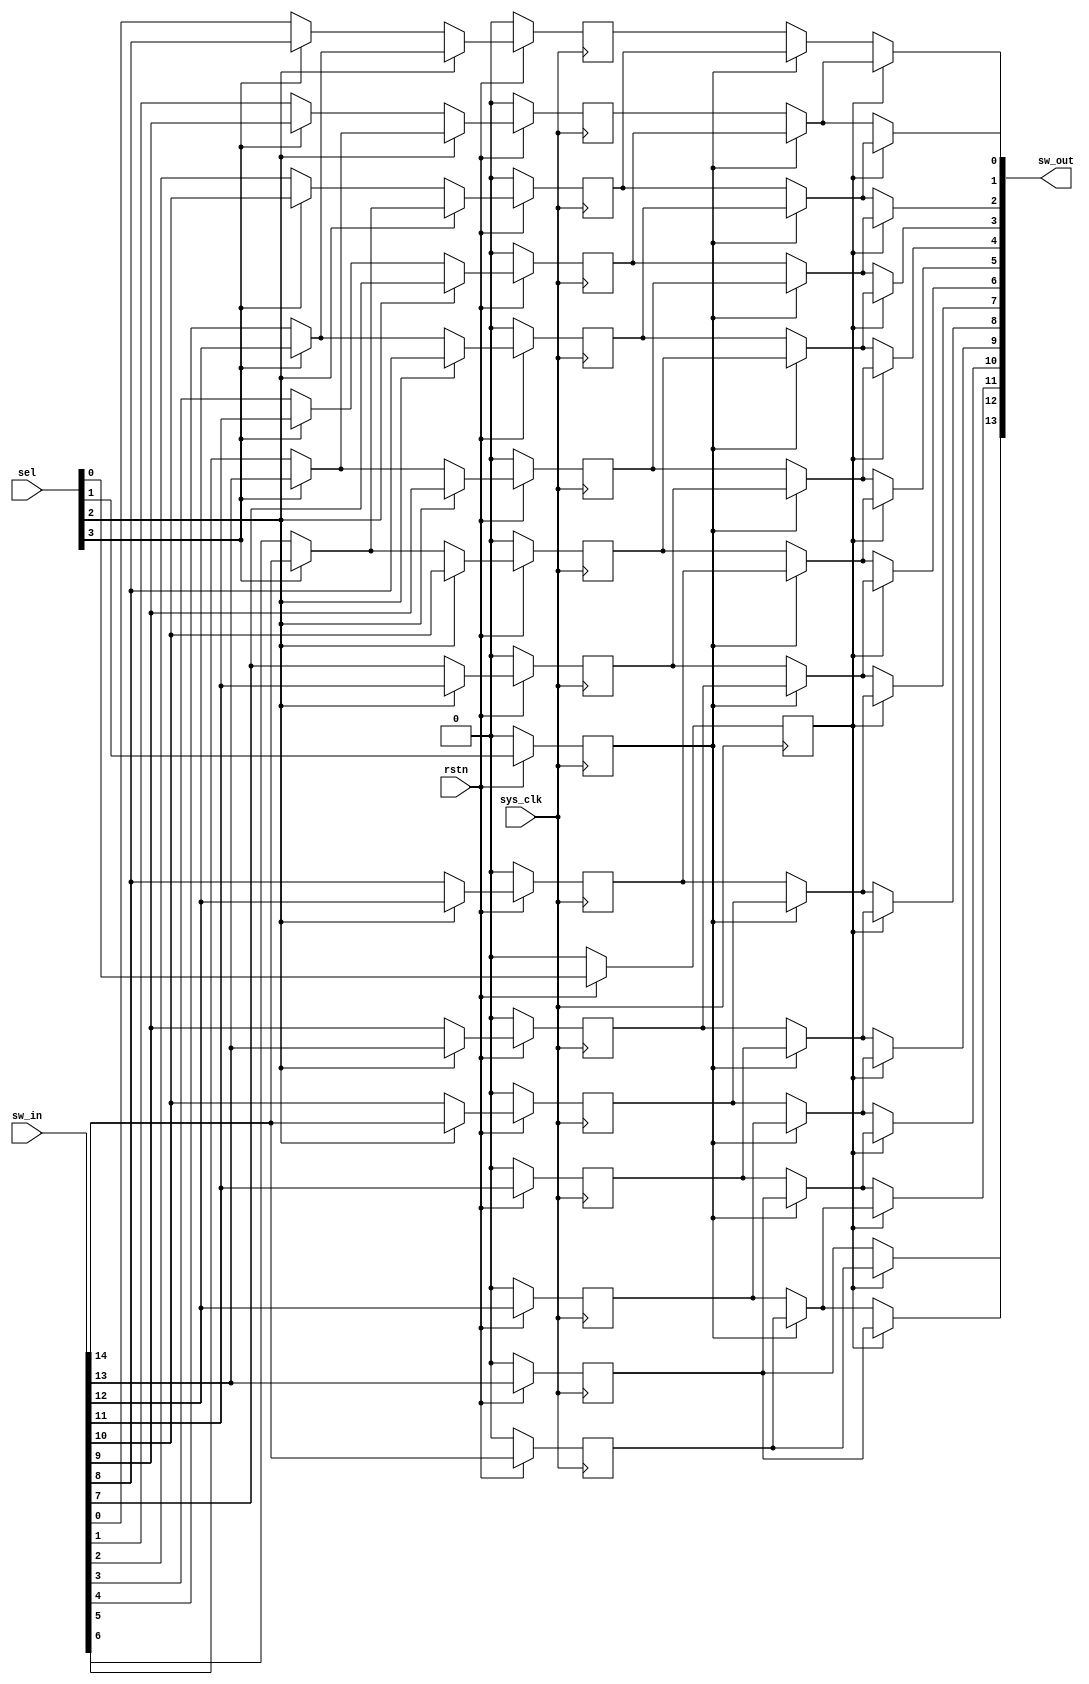
module qsn_left_len15 (
	output wire [13:0] sw_out,

	input wire [14:0] sw_in,
	input wire [3:0] sel,
	input wire sys_clk,
	input wire rstn
);

	// Multiplexer Stage 3
	wire [6:0] mux_stage_3;
	assign mux_stage_3[0] = (sel[3] == 1'b1) ? sw_in[8] : sw_in[0];
	assign mux_stage_3[1] = (sel[3] == 1'b1) ? sw_in[9] : sw_in[1];
	assign mux_stage_3[2] = (sel[3] == 1'b1) ? sw_in[10] : sw_in[2];
	assign mux_stage_3[3] = (sel[3] == 1'b1) ? sw_in[11] : sw_in[3];
	assign mux_stage_3[4] = (sel[3] == 1'b1) ? sw_in[12] : sw_in[4];
	assign mux_stage_3[5] = (sel[3] == 1'b1) ? sw_in[13] : sw_in[5];
	assign mux_stage_3[6] = (sel[3] == 1'b1) ? sw_in[14] : sw_in[6];

	// Multiplexer Stage 2
	reg [10:0] mux_stage_2;
	always @(posedge sys_clk) begin if(!rstn) mux_stage_2[0] <= 0; else if(sel[2] == 1'b1) mux_stage_2[0] <= mux_stage_3[4]; else mux_stage_2[0] <= mux_stage_3[0]; end
	always @(posedge sys_clk) begin if(!rstn) mux_stage_2[1] <= 0; else if(sel[2] == 1'b1) mux_stage_2[1] <= mux_stage_3[5]; else mux_stage_2[1] <= mux_stage_3[1]; end
	always @(posedge sys_clk) begin if(!rstn) mux_stage_2[2] <= 0; else if(sel[2] == 1'b1) mux_stage_2[2] <= mux_stage_3[6]; else mux_stage_2[2] <= mux_stage_3[2]; end
	always @(posedge sys_clk) begin if(!rstn) mux_stage_2[3] <= 0; else if(sel[2] == 1'b1) mux_stage_2[3] <= sw_in[7]; else mux_stage_2[3] <= mux_stage_3[3]; end
	always @(posedge sys_clk) begin if(!rstn) mux_stage_2[4] <= 0; else if(sel[2] == 1'b1) mux_stage_2[4] <= sw_in[8]; else mux_stage_2[4] <= mux_stage_3[4]; end
	always @(posedge sys_clk) begin if(!rstn) mux_stage_2[5] <= 0; else if(sel[2] == 1'b1) mux_stage_2[5] <= sw_in[9]; else mux_stage_2[5] <= mux_stage_3[5]; end
	always @(posedge sys_clk) begin if(!rstn) mux_stage_2[6] <= 0; else if(sel[2] == 1'b1) mux_stage_2[6] <= sw_in[10]; else mux_stage_2[6] <= mux_stage_3[6]; end
	always @(posedge sys_clk) begin if(!rstn) mux_stage_2[7] <= 0; else if(sel[2] == 1'b1) mux_stage_2[7] <= sw_in[11]; else mux_stage_2[7] <= sw_in[7]; end
	always @(posedge sys_clk) begin if(!rstn) mux_stage_2[8] <= 0; else if(sel[2] == 1'b1) mux_stage_2[8] <= sw_in[12]; else mux_stage_2[8] <= sw_in[8]; end
	always @(posedge sys_clk) begin if(!rstn) mux_stage_2[9] <= 0; else if(sel[2] == 1'b1) mux_stage_2[9] <= sw_in[13]; else mux_stage_2[9] <= sw_in[9]; end
	always @(posedge sys_clk) begin if(!rstn) mux_stage_2[10] <= 0; else if(sel[2] == 1'b1) mux_stage_2[10] <= sw_in[14]; else mux_stage_2[10] <= sw_in[10]; end

	reg sw_in_11_reg0; 	always @(posedge sys_clk) begin if(!rstn) sw_in_11_reg0 <= 0; else sw_in_11_reg0 <= sw_in[11]; end
	reg sw_in_12_reg0; 	always @(posedge sys_clk) begin if(!rstn) sw_in_12_reg0 <= 0; else sw_in_12_reg0 <= sw_in[12]; end
	reg sw_in_13_reg0; 	always @(posedge sys_clk) begin if(!rstn) sw_in_13_reg0 <= 0; else sw_in_13_reg0 <= sw_in[13]; end
	reg sw_in_14_reg0; 	always @(posedge sys_clk) begin if(!rstn) sw_in_14_reg0 <= 0; else sw_in_14_reg0 <= sw_in[14]; end

	reg sel_1_reg0;
	always @(posedge sys_clk) begin if(!rstn) sel_1_reg0 <= 0; else sel_1_reg0 <= sel[1]; end	

	// Multiplexer Stage 1
	wire [12:0] mux_stage_1;
	assign mux_stage_1[0] = (sel_1_reg0 == 1'b1) ? mux_stage_2[2] : mux_stage_2[0];
	assign mux_stage_1[1] = (sel_1_reg0 == 1'b1) ? mux_stage_2[3] : mux_stage_2[1];
	assign mux_stage_1[2] = (sel_1_reg0 == 1'b1) ? mux_stage_2[4] : mux_stage_2[2];
	assign mux_stage_1[3] = (sel_1_reg0 == 1'b1) ? mux_stage_2[5] : mux_stage_2[3];
	assign mux_stage_1[4] = (sel_1_reg0 == 1'b1) ? mux_stage_2[6] : mux_stage_2[4];
	assign mux_stage_1[5] = (sel_1_reg0 == 1'b1) ? mux_stage_2[7] : mux_stage_2[5];
	assign mux_stage_1[6] = (sel_1_reg0 == 1'b1) ? mux_stage_2[8] : mux_stage_2[6];
	assign mux_stage_1[7] = (sel_1_reg0 == 1'b1) ? mux_stage_2[9] : mux_stage_2[7];
	assign mux_stage_1[8] = (sel_1_reg0 == 1'b1) ? mux_stage_2[10] : mux_stage_2[8];
	assign mux_stage_1[9] = (sel_1_reg0 == 1'b1) ? sw_in_11_reg0 : mux_stage_2[9];
	assign mux_stage_1[10] = (sel_1_reg0 == 1'b1) ? sw_in_12_reg0 : mux_stage_2[10];
	assign mux_stage_1[11] = (sel_1_reg0 == 1'b1) ? sw_in_13_reg0 : sw_in_11_reg0;
	assign mux_stage_1[12] = (sel_1_reg0 == 1'b1) ? sw_in_14_reg0 : sw_in_12_reg0;


	reg sel_0_reg0;
	always @(posedge sys_clk) begin if(!rstn) sel_0_reg0 <= 0; else sel_0_reg0 <= sel[0]; end	

	// Multiplexer Stage 0
	wire [13:0] mux_stage_0;
	assign mux_stage_0[0] = (sel_0_reg0 == 1'b1) ? mux_stage_1[1] : mux_stage_1[0];
	assign mux_stage_0[1] = (sel_0_reg0 == 1'b1) ? mux_stage_1[2] : mux_stage_1[1];
	assign mux_stage_0[2] = (sel_0_reg0 == 1'b1) ? mux_stage_1[3] : mux_stage_1[2];
	assign mux_stage_0[3] = (sel_0_reg0 == 1'b1) ? mux_stage_1[4] : mux_stage_1[3];
	assign mux_stage_0[4] = (sel_0_reg0 == 1'b1) ? mux_stage_1[5] : mux_stage_1[4];
	assign mux_stage_0[5] = (sel_0_reg0 == 1'b1) ? mux_stage_1[6] : mux_stage_1[5];
	assign mux_stage_0[6] = (sel_0_reg0 == 1'b1) ? mux_stage_1[7] : mux_stage_1[6];
	assign mux_stage_0[7] = (sel_0_reg0 == 1'b1) ? mux_stage_1[8] : mux_stage_1[7];
	assign mux_stage_0[8] = (sel_0_reg0 == 1'b1) ? mux_stage_1[9] : mux_stage_1[8];
	assign mux_stage_0[9] = (sel_0_reg0 == 1'b1) ? mux_stage_1[10] : mux_stage_1[9];
	assign mux_stage_0[10] = (sel_0_reg0 == 1'b1) ? mux_stage_1[11] : mux_stage_1[10];
	assign mux_stage_0[11] = (sel_0_reg0 == 1'b1) ? mux_stage_1[12] : mux_stage_1[11];
	assign mux_stage_0[12] = (sel_0_reg0 == 1'b1) ? sw_in_13_reg0 : mux_stage_1[12];
	assign mux_stage_0[13] = (sel_0_reg0 == 1'b1) ? sw_in_14_reg0 : sw_in_13_reg0;

	assign sw_out[13:0] = mux_stage_0[13:0];
endmodule